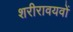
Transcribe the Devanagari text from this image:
शरीरावयवों